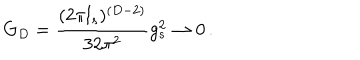
G _ { D } = { \frac { ( { 2 \pi l _ { s } } ) ^ { ( D - 2 ) } } { 3 2 \pi ^ { 2 } } } g _ { s } ^ { 2 } \rightarrow 0 \, .